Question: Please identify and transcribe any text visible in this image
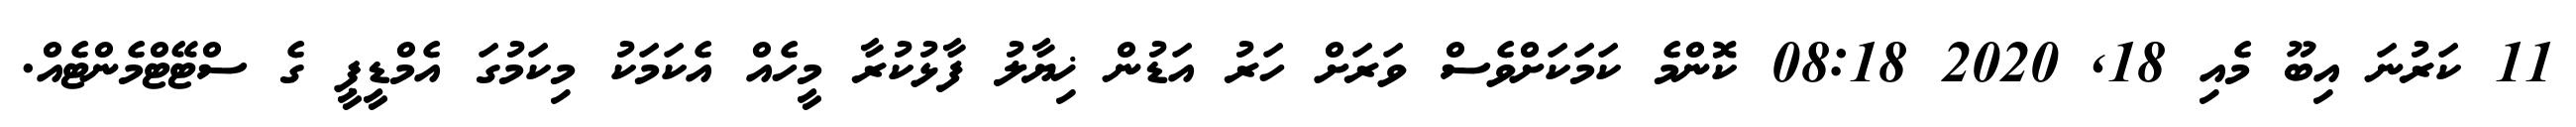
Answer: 11 ކަރުނަ އިބޫ މެއި 18, 2020 08:18 ކޮންމެ ކަމަކަށްވެސް ވަރަށް ހަރު އަޑުން ޚިޔާލު ފާޅުކުރާ މީހެއް އެކަމަކު މިކަމުގަ އެމްޑީޕީ ގެ ސްޓޭޓްމެންޓެއް.